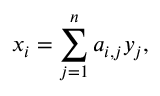
x _ { i } = \sum _ { j = 1 } ^ { n } a _ { i , j } y _ { j } ,